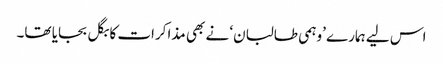
اس لیے ہمارے ’وہمی طالبان‘ نے بھی مذاکرات کا بگل بجایا تھا۔